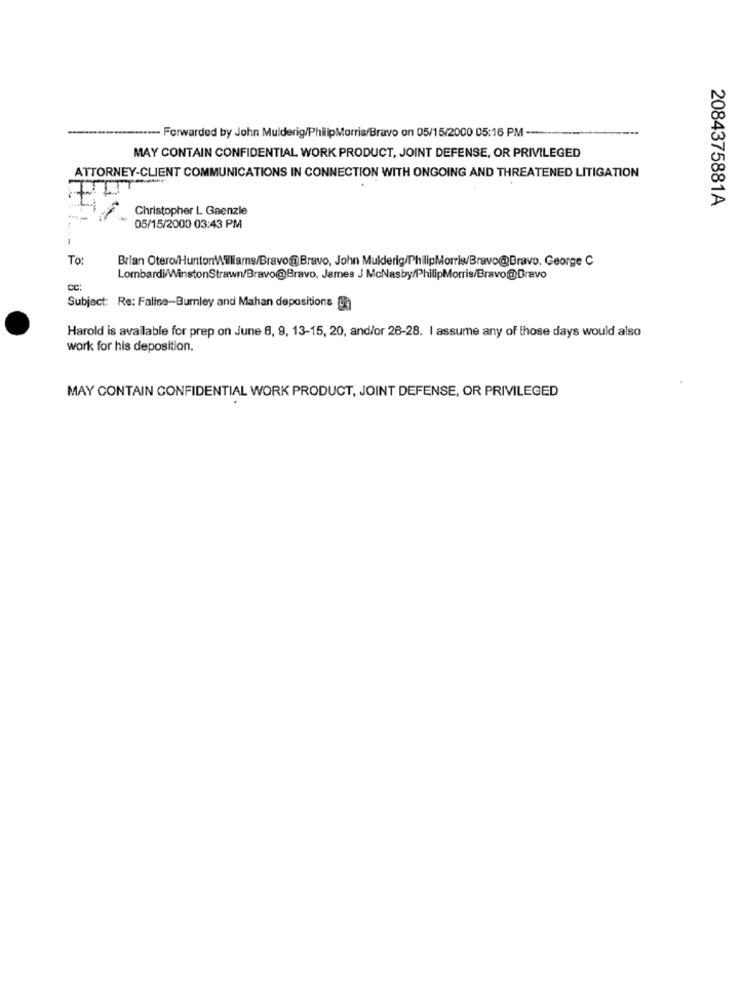
....--- Forwarded by John Mulderig/PhilipMorris/Bravo on 05/15/2000 05:16 PM-
MAY CONTAIN CONFIDENTIAL WORK PRODUCT, JOINT DEFENSE, OR PRIVILEGED
ATTORNEY-CLIENT COMMUNICATIONS IN CONNECTION WITH ONGOING AND THREATENED LITIGATION
2084375881A
Christopher L Gaenzle
05/15/2000 03:43 PM
To:
Brian Otero/HuntonWilliams/Bravo@Bravo, John Mulderig/PhilipMorris/Bravo@Bravo, George C
Lombardi/WinstonStrawn/Bravo@Bravo, James J McNasby/PhilipMorris/Bravo@Bravo
cc:
Subject: Re: Falise-Burnley and Mahan depositions ga
Harold is available for prep on June 6, 9, 13-15, 20, and/or 26-28. I assume any of those days would also
work for his deposition.
MAY CONTAIN CONFIDENTIAL WORK PRODUCT, JOINT DEFENSE, OR PRIVILEGED